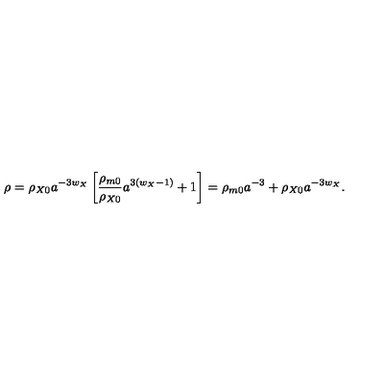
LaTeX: \rho = \rho _ { X 0 } a ^ { - 3 w _ { X } } \left[ \frac { \rho _ { m 0 } } { \rho _ { X 0 } } a ^ { 3 ( w _ { X } - 1 ) } + 1 \right] = \rho _ { m 0 } a ^ { - 3 } + \rho _ { X 0 } a ^ { - 3 w _ { X } } .